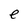
Character: e